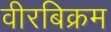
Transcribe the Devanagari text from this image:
वीरबिक्रम